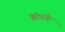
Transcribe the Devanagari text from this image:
हंटरने